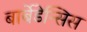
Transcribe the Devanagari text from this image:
बार्बेडेन्सिस